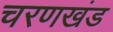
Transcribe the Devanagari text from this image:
चरणखंड